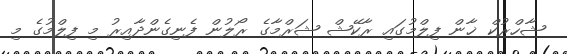
ޝާހްރުކް ޚާން ފިލްމުގައި ރާކޭޝް ޝަރްމާގެ ރޯލުން ފެނިގެންދާއިރު މި ފިލްމުގެ މި